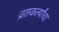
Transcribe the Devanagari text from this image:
व्रतकर्त्यांचा